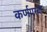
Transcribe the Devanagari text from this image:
कर्णपरक